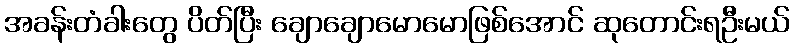
အခန်းတံခါးတွေ ပိတ်ပြီး ချောချောမောမောဖြစ်အောင် ဆုတောင်းရဦးမယ်